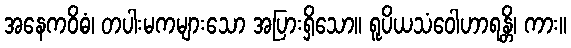
အနေကဝိဓံ၊ တပါးမကများသော အပြားရှိသော။ ရူပိယသံဝေါဟာရန္တိ၊ ကား။